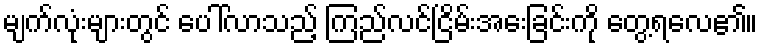
မျက်လုံးများတွင် ပေါ်လာသည့် ကြည်လင်ငြိမ်းအေးခြင်းကို တွေ့ရလေ၏။